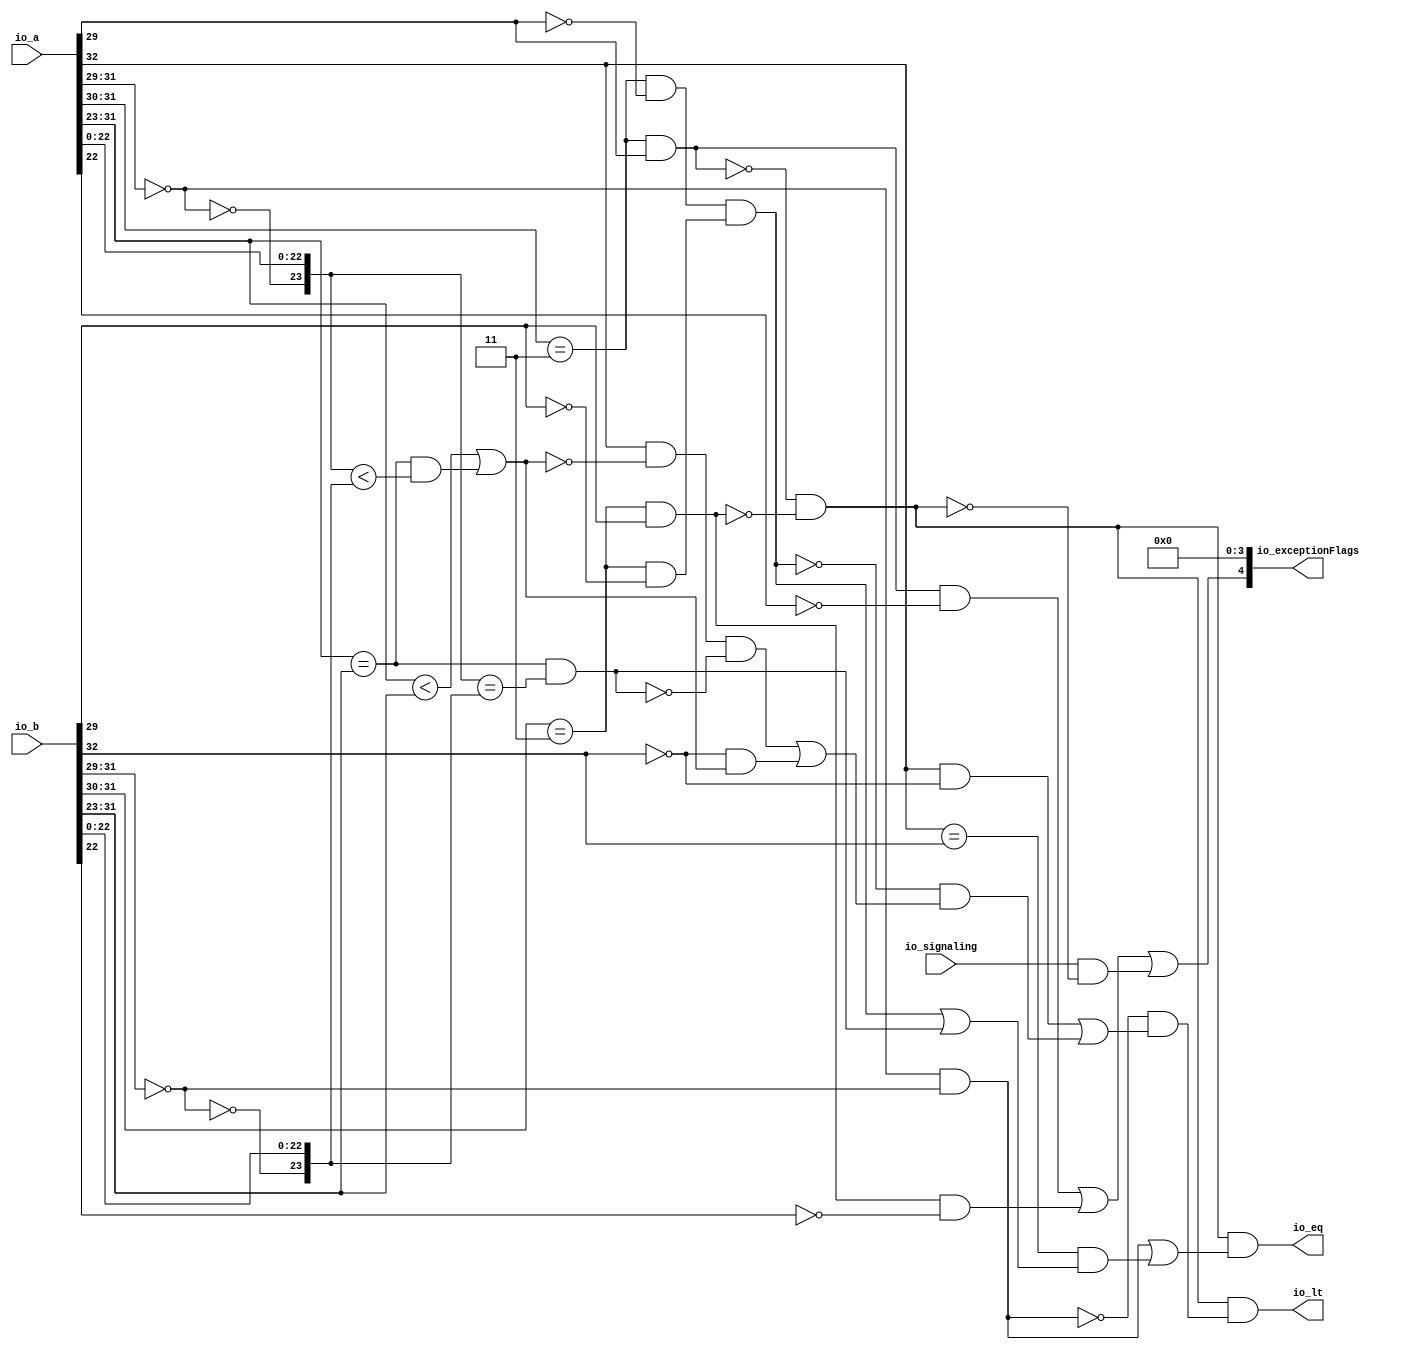
module CompareRecFN( // @[:freechips.rocketchip.system.DefaultRV32Config.fir@211774.2]
  input  [32:0] io_a, // @[:freechips.rocketchip.system.DefaultRV32Config.fir@211775.4]
  input  [32:0] io_b, // @[:freechips.rocketchip.system.DefaultRV32Config.fir@211775.4]
  input         io_signaling, // @[:freechips.rocketchip.system.DefaultRV32Config.fir@211775.4]
  output        io_lt, // @[:freechips.rocketchip.system.DefaultRV32Config.fir@211775.4]
  output        io_eq, // @[:freechips.rocketchip.system.DefaultRV32Config.fir@211775.4]
  output [4:0]  io_exceptionFlags // @[:freechips.rocketchip.system.DefaultRV32Config.fir@211775.4]
);
  wire  rawA_isZero; // @[rawFloatFromRecFN.scala 51:54:freechips.rocketchip.system.DefaultRV32Config.fir@211780.4]
  wire  _T_4; // @[rawFloatFromRecFN.scala 52:54:freechips.rocketchip.system.DefaultRV32Config.fir@211782.4]
  wire  rawA_isNaN; // @[rawFloatFromRecFN.scala 55:33:freechips.rocketchip.system.DefaultRV32Config.fir@211786.4]
  wire  _T_8; // @[rawFloatFromRecFN.scala 56:36:freechips.rocketchip.system.DefaultRV32Config.fir@211789.4]
  wire  rawA_isInf; // @[rawFloatFromRecFN.scala 56:33:freechips.rocketchip.system.DefaultRV32Config.fir@211790.4]
  wire  rawA_sign; // @[rawFloatFromRecFN.scala 58:25:freechips.rocketchip.system.DefaultRV32Config.fir@211793.4]
  wire [9:0] rawA_sExp; // @[rawFloatFromRecFN.scala 59:27:freechips.rocketchip.system.DefaultRV32Config.fir@211795.4]
  wire  _T_12; // @[rawFloatFromRecFN.scala 60:39:freechips.rocketchip.system.DefaultRV32Config.fir@211797.4]
  wire [24:0] rawA_sig; // @[Cat.scala 29:58:freechips.rocketchip.system.DefaultRV32Config.fir@211800.4]
  wire  rawB_isZero; // @[rawFloatFromRecFN.scala 51:54:freechips.rocketchip.system.DefaultRV32Config.fir@211804.4]
  wire  _T_20; // @[rawFloatFromRecFN.scala 52:54:freechips.rocketchip.system.DefaultRV32Config.fir@211806.4]
  wire  rawB_isNaN; // @[rawFloatFromRecFN.scala 55:33:freechips.rocketchip.system.DefaultRV32Config.fir@211810.4]
  wire  _T_24; // @[rawFloatFromRecFN.scala 56:36:freechips.rocketchip.system.DefaultRV32Config.fir@211813.4]
  wire  rawB_isInf; // @[rawFloatFromRecFN.scala 56:33:freechips.rocketchip.system.DefaultRV32Config.fir@211814.4]
  wire  rawB_sign; // @[rawFloatFromRecFN.scala 58:25:freechips.rocketchip.system.DefaultRV32Config.fir@211817.4]
  wire [9:0] rawB_sExp; // @[rawFloatFromRecFN.scala 59:27:freechips.rocketchip.system.DefaultRV32Config.fir@211819.4]
  wire  _T_28; // @[rawFloatFromRecFN.scala 60:39:freechips.rocketchip.system.DefaultRV32Config.fir@211821.4]
  wire [24:0] rawB_sig; // @[Cat.scala 29:58:freechips.rocketchip.system.DefaultRV32Config.fir@211824.4]
  wire  _T_32; // @[CompareRecFN.scala 57:19:freechips.rocketchip.system.DefaultRV32Config.fir@211826.4]
  wire  _T_33; // @[CompareRecFN.scala 57:35:freechips.rocketchip.system.DefaultRV32Config.fir@211827.4]
  wire  ordered; // @[CompareRecFN.scala 57:32:freechips.rocketchip.system.DefaultRV32Config.fir@211828.4]
  wire  bothInfs; // @[CompareRecFN.scala 58:33:freechips.rocketchip.system.DefaultRV32Config.fir@211829.4]
  wire  bothZeros; // @[CompareRecFN.scala 59:33:freechips.rocketchip.system.DefaultRV32Config.fir@211830.4]
  wire  eqExps; // @[CompareRecFN.scala 60:29:freechips.rocketchip.system.DefaultRV32Config.fir@211831.4]
  wire  _T_34; // @[CompareRecFN.scala 62:20:freechips.rocketchip.system.DefaultRV32Config.fir@211832.4]
  wire  _T_35; // @[CompareRecFN.scala 62:57:freechips.rocketchip.system.DefaultRV32Config.fir@211833.4]
  wire  _T_36; // @[CompareRecFN.scala 62:44:freechips.rocketchip.system.DefaultRV32Config.fir@211834.4]
  wire  common_ltMags; // @[CompareRecFN.scala 62:33:freechips.rocketchip.system.DefaultRV32Config.fir@211835.4]
  wire  _T_37; // @[CompareRecFN.scala 63:45:freechips.rocketchip.system.DefaultRV32Config.fir@211836.4]
  wire  common_eqMags; // @[CompareRecFN.scala 63:32:freechips.rocketchip.system.DefaultRV32Config.fir@211837.4]
  wire  _T_38; // @[CompareRecFN.scala 66:9:freechips.rocketchip.system.DefaultRV32Config.fir@211838.4]
  wire  _T_39; // @[CompareRecFN.scala 67:28:freechips.rocketchip.system.DefaultRV32Config.fir@211839.4]
  wire  _T_40; // @[CompareRecFN.scala 67:25:freechips.rocketchip.system.DefaultRV32Config.fir@211840.4]
  wire  _T_41; // @[CompareRecFN.scala 68:19:freechips.rocketchip.system.DefaultRV32Config.fir@211841.4]
  wire  _T_42; // @[CompareRecFN.scala 69:38:freechips.rocketchip.system.DefaultRV32Config.fir@211842.4]
  wire  _T_43; // @[CompareRecFN.scala 69:35:freechips.rocketchip.system.DefaultRV32Config.fir@211843.4]
  wire  _T_44; // @[CompareRecFN.scala 69:57:freechips.rocketchip.system.DefaultRV32Config.fir@211844.4]
  wire  _T_45; // @[CompareRecFN.scala 69:54:freechips.rocketchip.system.DefaultRV32Config.fir@211845.4]
  wire  _T_47; // @[CompareRecFN.scala 70:41:freechips.rocketchip.system.DefaultRV32Config.fir@211847.4]
  wire  _T_48; // @[CompareRecFN.scala 69:74:freechips.rocketchip.system.DefaultRV32Config.fir@211848.4]
  wire  _T_49; // @[CompareRecFN.scala 68:30:freechips.rocketchip.system.DefaultRV32Config.fir@211849.4]
  wire  _T_50; // @[CompareRecFN.scala 67:41:freechips.rocketchip.system.DefaultRV32Config.fir@211850.4]
  wire  ordered_lt; // @[CompareRecFN.scala 66:21:freechips.rocketchip.system.DefaultRV32Config.fir@211851.4]
  wire  _T_51; // @[CompareRecFN.scala 72:34:freechips.rocketchip.system.DefaultRV32Config.fir@211852.4]
  wire  _T_52; // @[CompareRecFN.scala 72:62:freechips.rocketchip.system.DefaultRV32Config.fir@211853.4]
  wire  _T_53; // @[CompareRecFN.scala 72:49:freechips.rocketchip.system.DefaultRV32Config.fir@211854.4]
  wire  ordered_eq; // @[CompareRecFN.scala 72:19:freechips.rocketchip.system.DefaultRV32Config.fir@211855.4]
  wire  _T_55; // @[common.scala 81:49:freechips.rocketchip.system.DefaultRV32Config.fir@211857.4]
  wire  _T_56; // @[common.scala 81:46:freechips.rocketchip.system.DefaultRV32Config.fir@211858.4]
  wire  _T_58; // @[common.scala 81:49:freechips.rocketchip.system.DefaultRV32Config.fir@211860.4]
  wire  _T_59; // @[common.scala 81:46:freechips.rocketchip.system.DefaultRV32Config.fir@211861.4]
  wire  _T_60; // @[CompareRecFN.scala 75:32:freechips.rocketchip.system.DefaultRV32Config.fir@211862.4]
  wire  _T_61; // @[CompareRecFN.scala 76:30:freechips.rocketchip.system.DefaultRV32Config.fir@211863.4]
  wire  _T_62; // @[CompareRecFN.scala 76:27:freechips.rocketchip.system.DefaultRV32Config.fir@211864.4]
  wire  invalid; // @[CompareRecFN.scala 75:58:freechips.rocketchip.system.DefaultRV32Config.fir@211865.4]
  assign rawA_isZero = io_a[31:29] == 3'h0; // @[rawFloatFromRecFN.scala 51:54:freechips.rocketchip.system.DefaultRV32Config.fir@211780.4]
  assign _T_4 = io_a[31:30] == 2'h3; // @[rawFloatFromRecFN.scala 52:54:freechips.rocketchip.system.DefaultRV32Config.fir@211782.4]
  assign rawA_isNaN = _T_4 & io_a[29]; // @[rawFloatFromRecFN.scala 55:33:freechips.rocketchip.system.DefaultRV32Config.fir@211786.4]
  assign _T_8 = ~io_a[29]; // @[rawFloatFromRecFN.scala 56:36:freechips.rocketchip.system.DefaultRV32Config.fir@211789.4]
  assign rawA_isInf = _T_4 & _T_8; // @[rawFloatFromRecFN.scala 56:33:freechips.rocketchip.system.DefaultRV32Config.fir@211790.4]
  assign rawA_sign = io_a[32]; // @[rawFloatFromRecFN.scala 58:25:freechips.rocketchip.system.DefaultRV32Config.fir@211793.4]
  assign rawA_sExp = {1'b0,$signed(io_a[31:23])}; // @[rawFloatFromRecFN.scala 59:27:freechips.rocketchip.system.DefaultRV32Config.fir@211795.4]
  assign _T_12 = ~rawA_isZero; // @[rawFloatFromRecFN.scala 60:39:freechips.rocketchip.system.DefaultRV32Config.fir@211797.4]
  assign rawA_sig = {1'h0,_T_12,io_a[22:0]}; // @[Cat.scala 29:58:freechips.rocketchip.system.DefaultRV32Config.fir@211800.4]
  assign rawB_isZero = io_b[31:29] == 3'h0; // @[rawFloatFromRecFN.scala 51:54:freechips.rocketchip.system.DefaultRV32Config.fir@211804.4]
  assign _T_20 = io_b[31:30] == 2'h3; // @[rawFloatFromRecFN.scala 52:54:freechips.rocketchip.system.DefaultRV32Config.fir@211806.4]
  assign rawB_isNaN = _T_20 & io_b[29]; // @[rawFloatFromRecFN.scala 55:33:freechips.rocketchip.system.DefaultRV32Config.fir@211810.4]
  assign _T_24 = ~io_b[29]; // @[rawFloatFromRecFN.scala 56:36:freechips.rocketchip.system.DefaultRV32Config.fir@211813.4]
  assign rawB_isInf = _T_20 & _T_24; // @[rawFloatFromRecFN.scala 56:33:freechips.rocketchip.system.DefaultRV32Config.fir@211814.4]
  assign rawB_sign = io_b[32]; // @[rawFloatFromRecFN.scala 58:25:freechips.rocketchip.system.DefaultRV32Config.fir@211817.4]
  assign rawB_sExp = {1'b0,$signed(io_b[31:23])}; // @[rawFloatFromRecFN.scala 59:27:freechips.rocketchip.system.DefaultRV32Config.fir@211819.4]
  assign _T_28 = ~rawB_isZero; // @[rawFloatFromRecFN.scala 60:39:freechips.rocketchip.system.DefaultRV32Config.fir@211821.4]
  assign rawB_sig = {1'h0,_T_28,io_b[22:0]}; // @[Cat.scala 29:58:freechips.rocketchip.system.DefaultRV32Config.fir@211824.4]
  assign _T_32 = ~rawA_isNaN; // @[CompareRecFN.scala 57:19:freechips.rocketchip.system.DefaultRV32Config.fir@211826.4]
  assign _T_33 = ~rawB_isNaN; // @[CompareRecFN.scala 57:35:freechips.rocketchip.system.DefaultRV32Config.fir@211827.4]
  assign ordered = _T_32 & _T_33; // @[CompareRecFN.scala 57:32:freechips.rocketchip.system.DefaultRV32Config.fir@211828.4]
  assign bothInfs = rawA_isInf & rawB_isInf; // @[CompareRecFN.scala 58:33:freechips.rocketchip.system.DefaultRV32Config.fir@211829.4]
  assign bothZeros = rawA_isZero & rawB_isZero; // @[CompareRecFN.scala 59:33:freechips.rocketchip.system.DefaultRV32Config.fir@211830.4]
  assign eqExps = $signed(rawA_sExp) == $signed(rawB_sExp); // @[CompareRecFN.scala 60:29:freechips.rocketchip.system.DefaultRV32Config.fir@211831.4]
  assign _T_34 = $signed(rawA_sExp) < $signed(rawB_sExp); // @[CompareRecFN.scala 62:20:freechips.rocketchip.system.DefaultRV32Config.fir@211832.4]
  assign _T_35 = rawA_sig < rawB_sig; // @[CompareRecFN.scala 62:57:freechips.rocketchip.system.DefaultRV32Config.fir@211833.4]
  assign _T_36 = eqExps & _T_35; // @[CompareRecFN.scala 62:44:freechips.rocketchip.system.DefaultRV32Config.fir@211834.4]
  assign common_ltMags = _T_34 | _T_36; // @[CompareRecFN.scala 62:33:freechips.rocketchip.system.DefaultRV32Config.fir@211835.4]
  assign _T_37 = rawA_sig == rawB_sig; // @[CompareRecFN.scala 63:45:freechips.rocketchip.system.DefaultRV32Config.fir@211836.4]
  assign common_eqMags = eqExps & _T_37; // @[CompareRecFN.scala 63:32:freechips.rocketchip.system.DefaultRV32Config.fir@211837.4]
  assign _T_38 = ~bothZeros; // @[CompareRecFN.scala 66:9:freechips.rocketchip.system.DefaultRV32Config.fir@211838.4]
  assign _T_39 = ~rawB_sign; // @[CompareRecFN.scala 67:28:freechips.rocketchip.system.DefaultRV32Config.fir@211839.4]
  assign _T_40 = rawA_sign & _T_39; // @[CompareRecFN.scala 67:25:freechips.rocketchip.system.DefaultRV32Config.fir@211840.4]
  assign _T_41 = ~bothInfs; // @[CompareRecFN.scala 68:19:freechips.rocketchip.system.DefaultRV32Config.fir@211841.4]
  assign _T_42 = ~common_ltMags; // @[CompareRecFN.scala 69:38:freechips.rocketchip.system.DefaultRV32Config.fir@211842.4]
  assign _T_43 = rawA_sign & _T_42; // @[CompareRecFN.scala 69:35:freechips.rocketchip.system.DefaultRV32Config.fir@211843.4]
  assign _T_44 = ~common_eqMags; // @[CompareRecFN.scala 69:57:freechips.rocketchip.system.DefaultRV32Config.fir@211844.4]
  assign _T_45 = _T_43 & _T_44; // @[CompareRecFN.scala 69:54:freechips.rocketchip.system.DefaultRV32Config.fir@211845.4]
  assign _T_47 = _T_39 & common_ltMags; // @[CompareRecFN.scala 70:41:freechips.rocketchip.system.DefaultRV32Config.fir@211847.4]
  assign _T_48 = _T_45 | _T_47; // @[CompareRecFN.scala 69:74:freechips.rocketchip.system.DefaultRV32Config.fir@211848.4]
  assign _T_49 = _T_41 & _T_48; // @[CompareRecFN.scala 68:30:freechips.rocketchip.system.DefaultRV32Config.fir@211849.4]
  assign _T_50 = _T_40 | _T_49; // @[CompareRecFN.scala 67:41:freechips.rocketchip.system.DefaultRV32Config.fir@211850.4]
  assign ordered_lt = _T_38 & _T_50; // @[CompareRecFN.scala 66:21:freechips.rocketchip.system.DefaultRV32Config.fir@211851.4]
  assign _T_51 = rawA_sign == rawB_sign; // @[CompareRecFN.scala 72:34:freechips.rocketchip.system.DefaultRV32Config.fir@211852.4]
  assign _T_52 = bothInfs | common_eqMags; // @[CompareRecFN.scala 72:62:freechips.rocketchip.system.DefaultRV32Config.fir@211853.4]
  assign _T_53 = _T_51 & _T_52; // @[CompareRecFN.scala 72:49:freechips.rocketchip.system.DefaultRV32Config.fir@211854.4]
  assign ordered_eq = bothZeros | _T_53; // @[CompareRecFN.scala 72:19:freechips.rocketchip.system.DefaultRV32Config.fir@211855.4]
  assign _T_55 = ~rawA_sig[22]; // @[common.scala 81:49:freechips.rocketchip.system.DefaultRV32Config.fir@211857.4]
  assign _T_56 = rawA_isNaN & _T_55; // @[common.scala 81:46:freechips.rocketchip.system.DefaultRV32Config.fir@211858.4]
  assign _T_58 = ~rawB_sig[22]; // @[common.scala 81:49:freechips.rocketchip.system.DefaultRV32Config.fir@211860.4]
  assign _T_59 = rawB_isNaN & _T_58; // @[common.scala 81:46:freechips.rocketchip.system.DefaultRV32Config.fir@211861.4]
  assign _T_60 = _T_56 | _T_59; // @[CompareRecFN.scala 75:32:freechips.rocketchip.system.DefaultRV32Config.fir@211862.4]
  assign _T_61 = ~ordered; // @[CompareRecFN.scala 76:30:freechips.rocketchip.system.DefaultRV32Config.fir@211863.4]
  assign _T_62 = io_signaling & _T_61; // @[CompareRecFN.scala 76:27:freechips.rocketchip.system.DefaultRV32Config.fir@211864.4]
  assign invalid = _T_60 | _T_62; // @[CompareRecFN.scala 75:58:freechips.rocketchip.system.DefaultRV32Config.fir@211865.4]
  assign io_lt = ordered & ordered_lt; // @[CompareRecFN.scala 78:11:freechips.rocketchip.system.DefaultRV32Config.fir@211867.4]
  assign io_eq = ordered & ordered_eq; // @[CompareRecFN.scala 79:11:freechips.rocketchip.system.DefaultRV32Config.fir@211869.4]
  assign io_exceptionFlags = {invalid,4'h0}; // @[CompareRecFN.scala 81:23:freechips.rocketchip.system.DefaultRV32Config.fir@211876.4]
endmodule